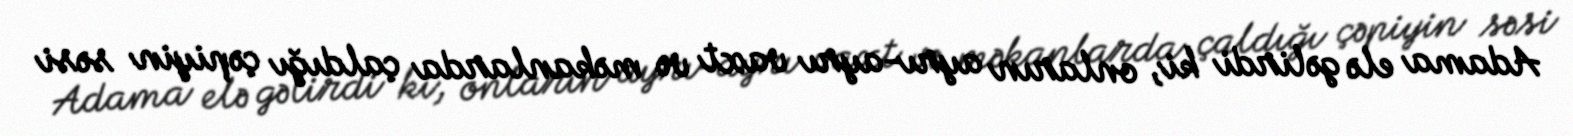
Adama elə gəlirdi ki, onların ayrı-ayrı vaxt və məkanlarda çaldığı çəpiyin səsi